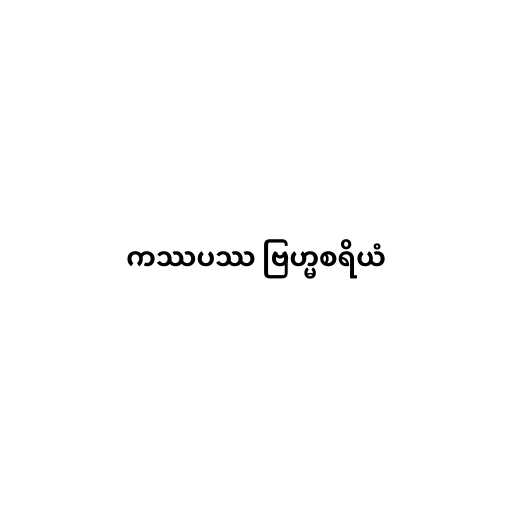
ကဿပဿ ဗြဟ္မစရိယံ